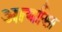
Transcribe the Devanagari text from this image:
आर्यास